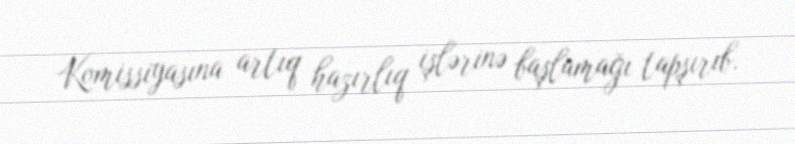
Komissiyasına artıq hazırlıq işlərinə başlamağı tapşırıb.